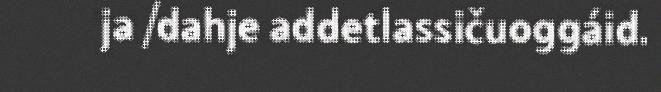
ja /dahje addetlassičuoggáid.